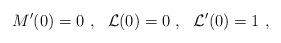
LaTeX: \begin{align*}M'(0) = 0~,~~{\cal L}(0) = 0~,~~ {\cal L}'(0) = 1~,\end{align*}